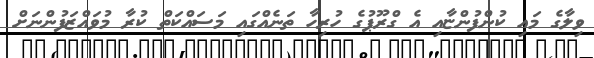
ވިލާގެ މައި ކުންފުންޏާއި އެ ގްރޫޕުގެ ހުރިހާ ތަނެއްގައި މަސައްކަތް ކުރާ މުވައްޒަފުންނަށް